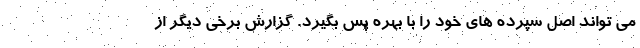
می تواند اصل سپرده های خود را با بهره پس بگیرد. گزارش برخی دیگر از